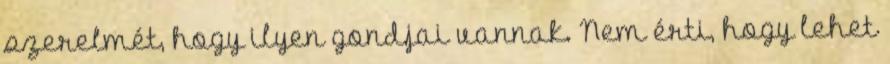
szerelmét, hogy ilyen gondjai vannak. Nem érti, hogy lehet